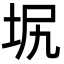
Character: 㘲